Report of an investigation into the causes of the diseases known in Assam as Kála-Azár and Beri-Beri
Disease focus: Beri-Beri
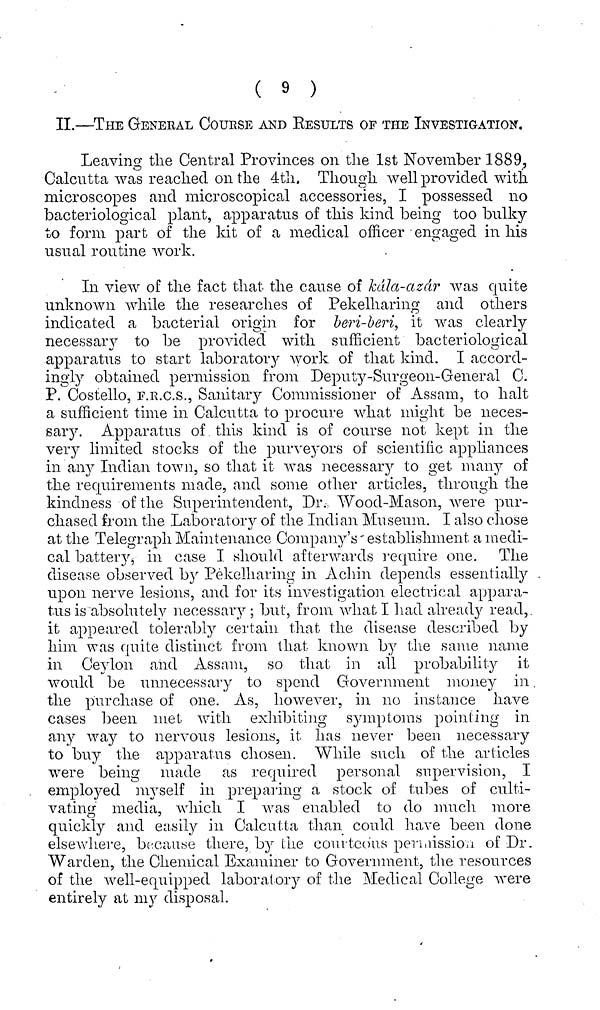
( 9 )
II.—THE GENErAL CourSE AND RESULTS OF THE INVESTIGATION.
Leaving the Central Provinces on the 1st November 1889,
Calcutta was reached on the 4th, Though well provided with
microscopes and microscopical accessories, I possessed 110
bacteriological plant, apparatus of this kind being too bulky
to form part of the kit of a medical officer engaged in his
usual routine work.
In view of the fact that the cause of kála-azár was quite
unknown while the researches of Pekelharing and others
indicated a bacterial origin, for beri-beri, it was clearly
necessary to be provided with sufficient bacteriological
apparatus to start laboratory work of that kind. I accord-
ingly obtained permission from Deputy-Surgeon-General C.
P. Costello, F.R.C.S., Sanitary Commissioner of Assam, to halt
a sufficient time in Calcutta to procure what might be neces-
sary. Apparatus of this kind is of course not kept in the
very limited stocks of the purveyors of scientific appliances
in any Indian town, so that it was necessary to get many of
the requirements made, and some other articles, through the
kindness of the Superintendent, Dr. Wood-Mason, were pur-
chased from the Laboratory of the Indian Museum. I also chose
at the Telegraph Maintenance Company's establishment a medi-
cal battery, in case I should afterwards require one. The
disease observed by Pekelharing in A chin depends essentially
upon nerve lesions, and for its investigation electrical appara-
tus is absolutely necessary ; but, from what I had already read,
it appeared tolerably certain that the disease described by
him was quite distinct from that known by the same name
in Ceylon and Assam, so that in all probability it
would be unnecessary to spend Government money in
the purchase of one. As, however, in no instance have
cases been met with exhibiting symptoms pointing in
any way to nervous lesions, it has never been necessary
to buy the apparatus chosen. While such of the articles
were being made as required personal supervision, I
employed myself in preparing a stock of tubes of culti-
vating media, which I was enabled to do much more
quickly and easily in Calcutta than could have been done
elsewhere, because there, by the courteous permission of Dr.
Warden, the Chemical Examiner to Government, the resources
of the well-equipped laboratory of the Medical College were
entirely at my disposal.